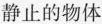
静止的物体